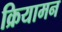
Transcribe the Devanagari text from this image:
क्रियामन